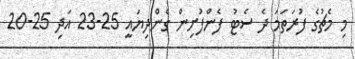
މި މެޗުގެ ފުރަތަމަ ދެ ސެޓު ފެންފުށިން ގެންދިޔައީ 25-23 އަދި 25-20